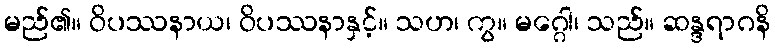
မည်၏။ ဝိပဿနာယ၊ ဝိပဿနာနှင့်။ သဟ၊ ကွ။ မဂ္ဂေါ၊ သည်။ ဆန္ဒရာဂနိ